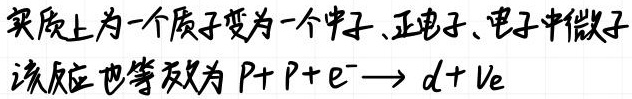
实质上为一个质子变为一个中子、正电子、电子中微子
该反应也等效为 \( p + p + e^- \to d + \nu_e \)